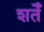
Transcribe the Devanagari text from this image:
शर्तेँ